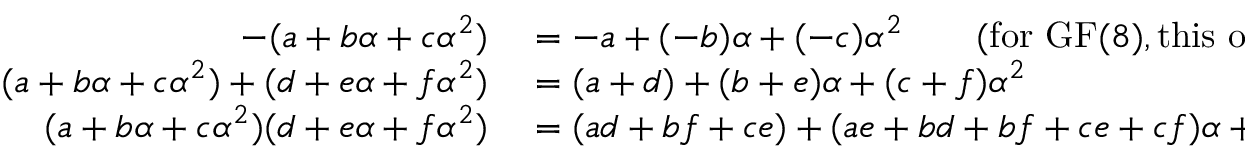
\begin{array} { r l } { - ( a + b \alpha + c \alpha ^ { 2 } ) } & { { } = - a + ( - b ) \alpha + ( - c ) \alpha ^ { 2 } \qquad { \mathrm { ( f o r ~ } } \mathrm { G F } ( 8 ) , { \mathrm { t h i s ~ o p e r a t i o n ~ i s ~ t h e ~ i d e n t i t y ) } } } \\ { ( a + b \alpha + c \alpha ^ { 2 } ) + ( d + e \alpha + f \alpha ^ { 2 } ) } & { { } = ( a + d ) + ( b + e ) \alpha + ( c + f ) \alpha ^ { 2 } } \\ { ( a + b \alpha + c \alpha ^ { 2 } ) ( d + e \alpha + f \alpha ^ { 2 } ) } & { { } = ( a d + b f + c e ) + ( a e + b d + b f + c e + c f ) \alpha + ( a f + b e + c d + c f ) \alpha ^ { 2 } } \end{array}